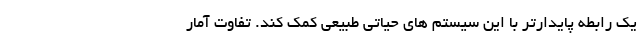
یک رابطه پایدارتر با این سیستم های حیاتی طبیعی کمک کند. تفاوت آمار